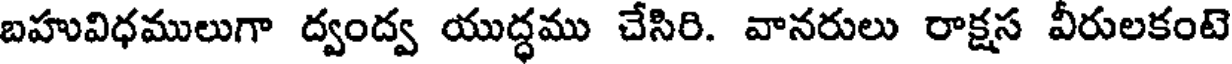
బహువిధములుగా ద్వంద్వ యుద్ధము చేసిరి. వానరులు రాక్షస వీరులకంటె